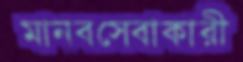
মানবসেবাকারী